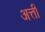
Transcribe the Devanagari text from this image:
अत्ती